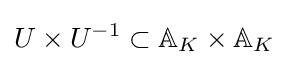
U\times U^{-1}\subset \mathbb {A} _{K}\times \mathbb {A} _{K}